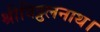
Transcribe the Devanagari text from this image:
श्रीविट्ठलनाथ।